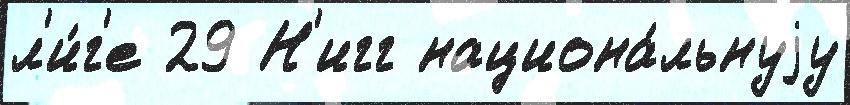
л'и́г'е 29 Н'игг национа́льнуjу